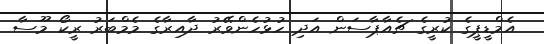
އެމްޑީޕީގެ ކުރީގެ ޗެއާޕާސަން އަދި ހުޅުހެންވޭރު ދާއިރާގެ މެމްބަރު ރީކޯ މޫސާ